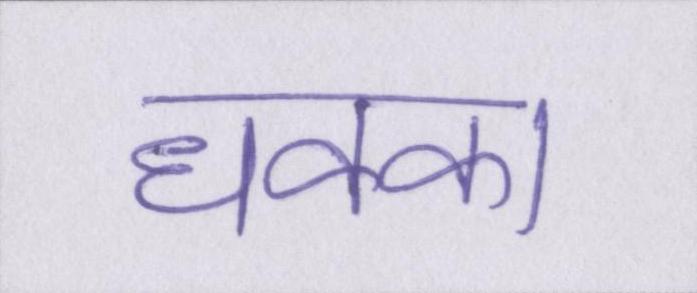
धक्का